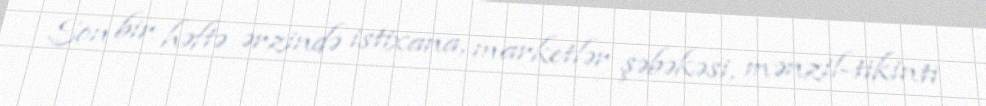
Son bir həftə ərzində istixana, marketlər şəbəkəsi, mənzil-tikinti